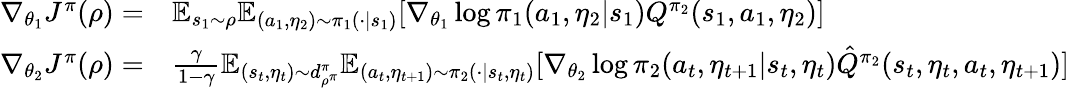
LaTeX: \begin{array}{rl}{\nabla_{\theta_{1}}J^{\pi}(\rho)=}&{\mathbb{E}_{s_{1}\sim\rho}\mathbb{E}_{(a_{1},\eta_{2})\sim\pi_{1}(\cdot|s_{1})}[\nabla_{\theta_{1}}\log\pi_{1}(a_{1},\eta_{2}|s_{1})Q^{\pi_{2}}(s_{1},a_{1},\eta_{2})]}\\ {\nabla_{\theta_{2}}J^{\pi}(\rho)=}&{\frac{\gamma}{1-\gamma}\mathbb{E}_{(s_{t},\eta_{t})\sim d_{\rho^{\pi}}^{\pi}}\mathbb{E}_{(a_{t},\eta_{t+1})\sim\pi_{2}(\cdot|s_{t},\eta_{t})}[\nabla_{\theta_{2}}\log\pi_{2}(a_{t},\eta_{t+1}|s_{t},\eta_{t})\hat{Q}^{\pi_{2}}(s_{t},\eta_{t},a_{t},\eta_{t+1})]}\end{array}